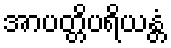
အာပတ္တိပရိယန္တံ